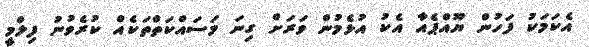
އެކަމަކު ފަހުން ޔޫއްޕެއާ އެކު އުޅެމުން ވަރަށް ގިނަ މަސައްކަތްތަކެއް ކުރެވުނު ފިލްމީ